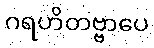
ဂရဟိတဗ္ဗာပေ